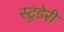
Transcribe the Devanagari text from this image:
स्टुडेरी